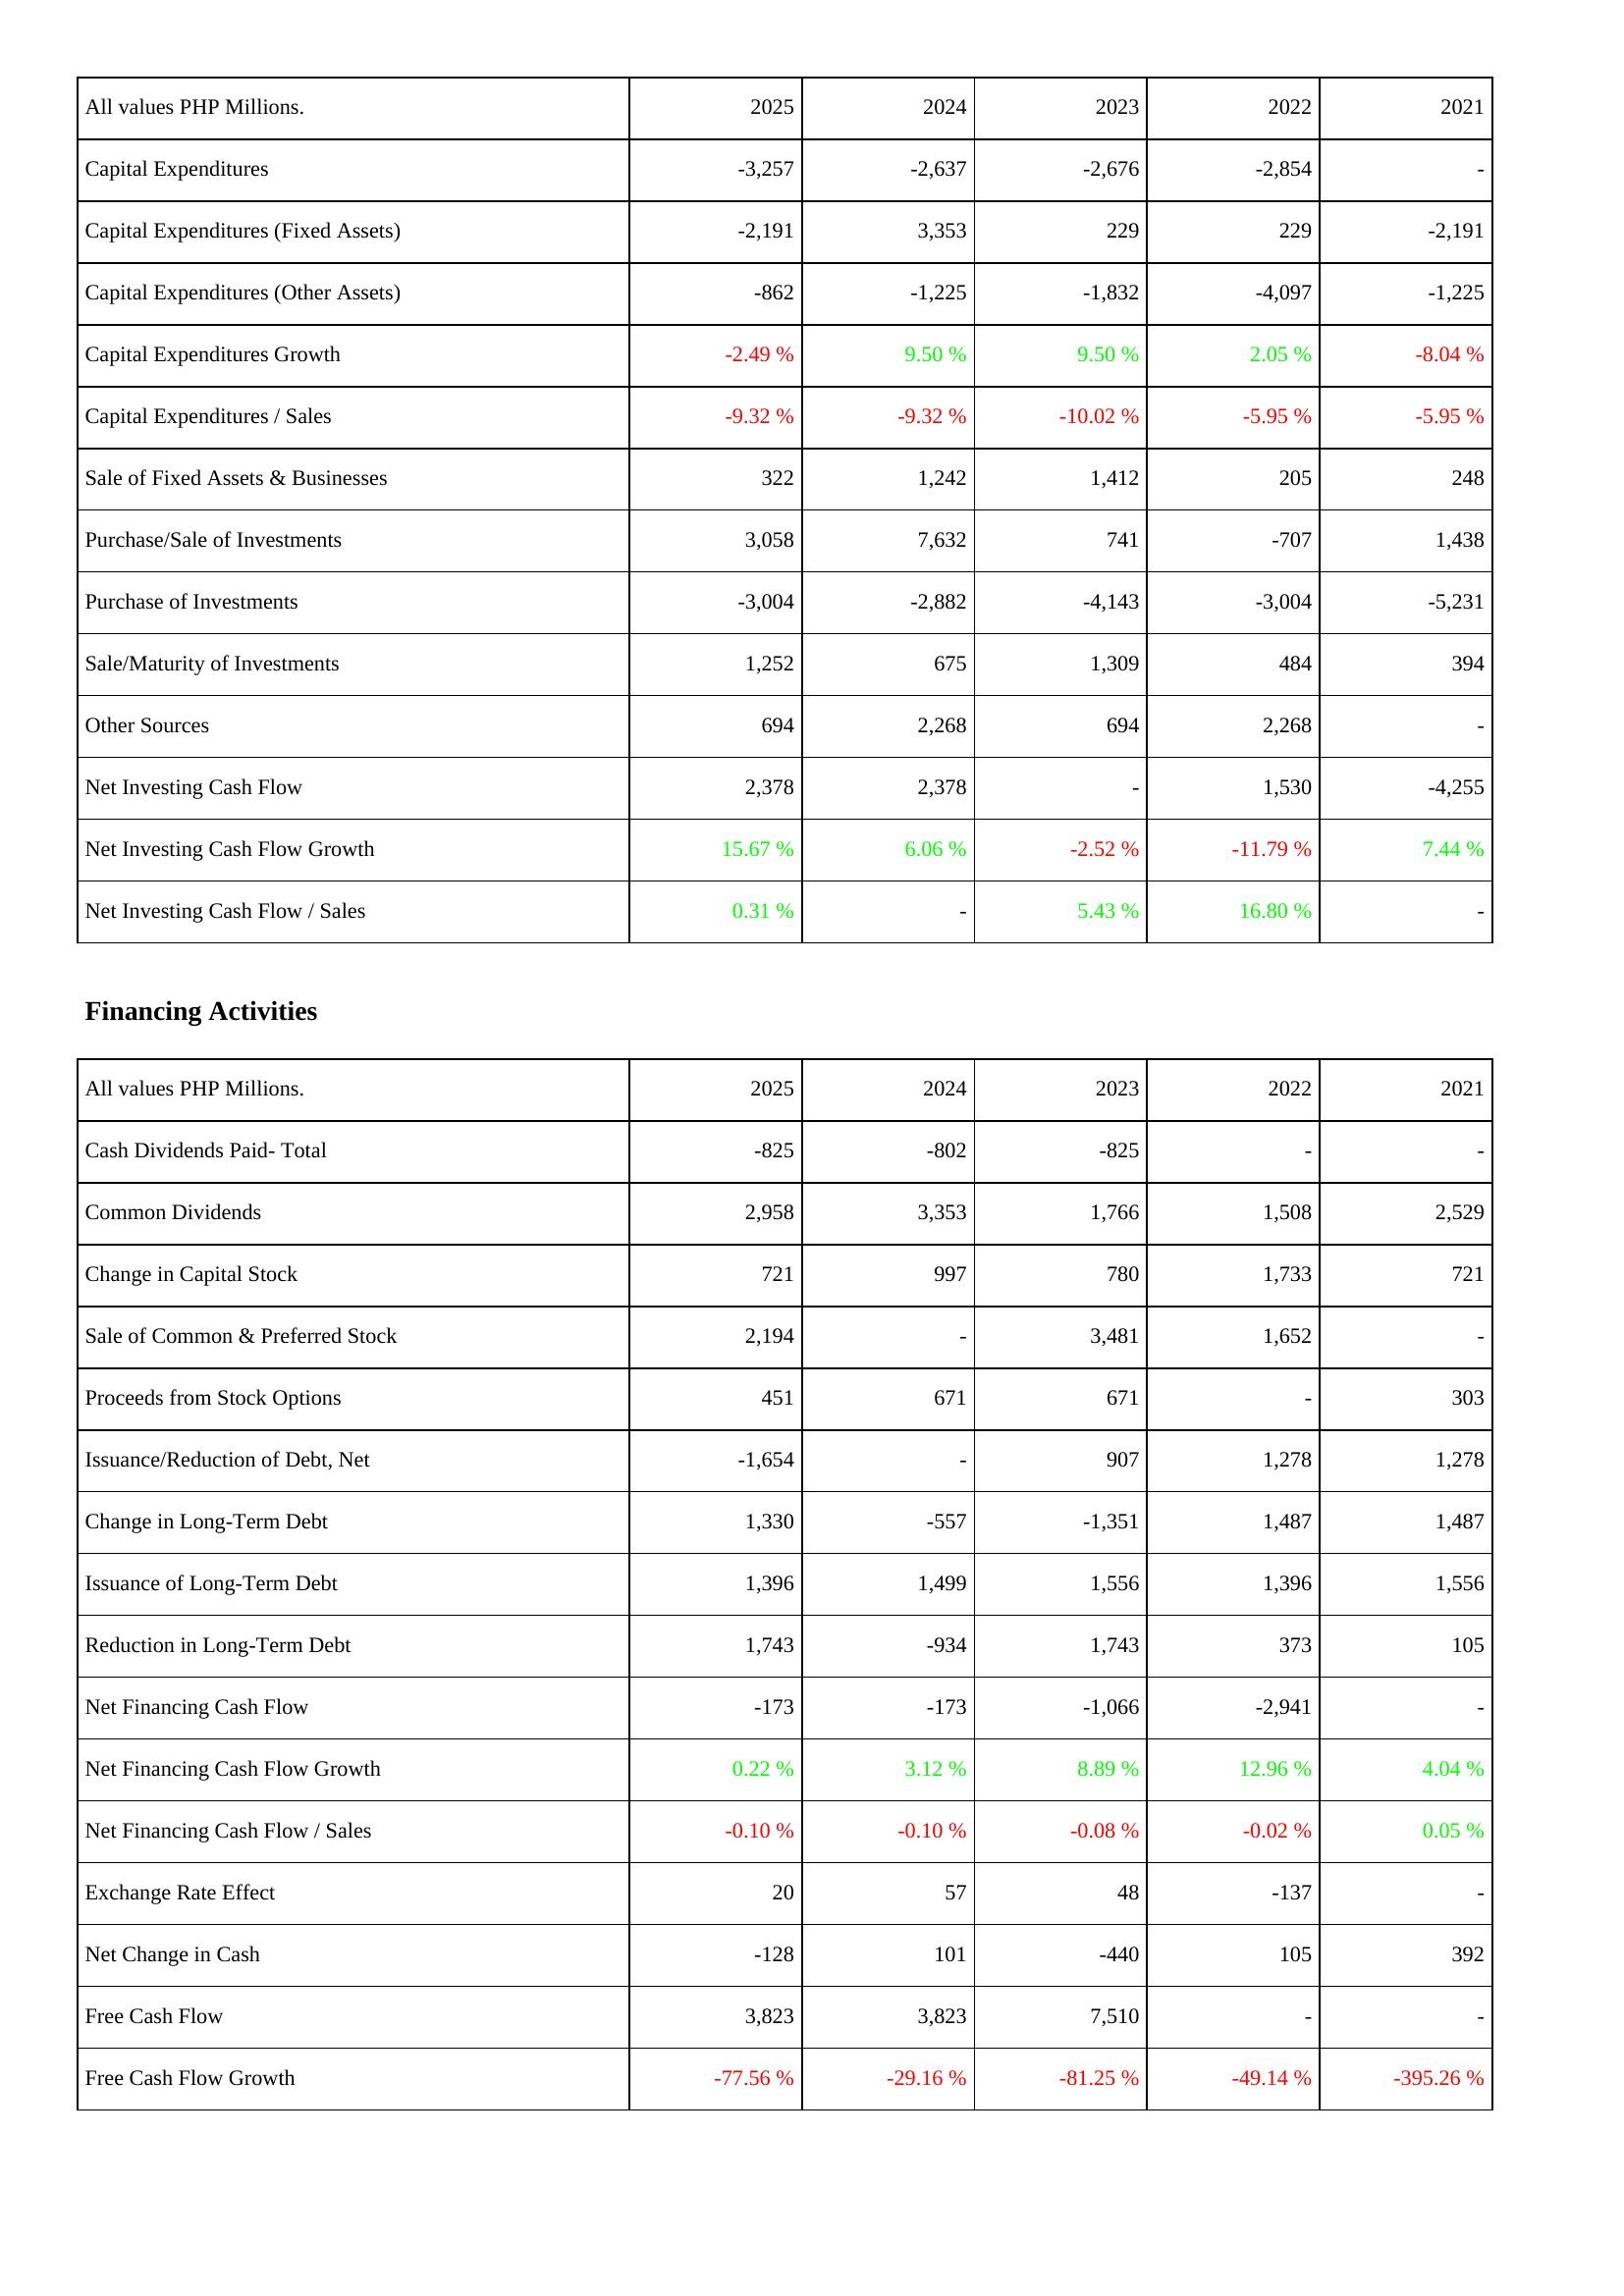
2025: Investing Activities: Capital Expenditures: -3,257
Capital Expenditures (Fixed Assets): -2,191
Capital Expenditures (Other Assets): -862
Capital Expenditures Growth: -2.49 %
Capital Expenditures / Sales: -9.32 %
Sale of Fixed Assets & Businesses: 322
Purchase/Sale of Investments: 3,058
Purchase of Investments: -3,004
Sale/Maturity of Investments: 1,252
Other Sources: 694
Net Investing Cash Flow: 2,378
Net Investing Cash Flow Growth: 15.67 %
Net Investing Cash Flow / Sales: 0.31 %
Financing Activities: Cash Dividends Paid- Total: -825
Common Dividends: 2,958
Change in Capital Stock: 721
Sale of Common & Preferred Stock: 2,194
Proceeds from Stock Options: 451
Issuance/Reduction of Debt, Net: -1,654
Change in Long-Term Debt: 1,330
Issuance of Long-Term Debt: 1,396
Reduction in Long-Term Debt: 1,743
Net Financing Cash Flow: -173
Net Financing Cash Flow Growth: 0.22 %
Net Financing Cash Flow / Sales: -0.10 %
Exchange Rate Effect: 20
Net Change in Cash: -128
Free Cash Flow: 3,823
Free Cash Flow Growth: -77.56 %
2024: Investing Activities: Capital Expenditures: -2,637
Capital Expenditures (Fixed Assets): 3,353
Capital Expenditures (Other Assets): -1,225
Capital Expenditures Growth: 9.50 %
Capital Expenditures / Sales: -9.32 %
Sale of Fixed Assets & Businesses: 1,242
Purchase/Sale of Investments: 7,632
Purchase of Investments: -2,882
Sale/Maturity of Investments: 675
Other Sources: 2,268
Net Investing Cash Flow: 2,378
Net Investing Cash Flow Growth: 6.06 %
Net Investing Cash Flow / Sales: -
Financing Activities: Cash Dividends Paid- Total: -802
Common Dividends: 3,353
Change in Capital Stock: 997
Sale of Common & Preferred Stock: -
Proceeds from Stock Options: 671
Issuance/Reduction of Debt, Net: -
Change in Long-Term Debt: -557
Issuance of Long-Term Debt: 1,499
Reduction in Long-Term Debt: -934
Net Financing Cash Flow: -173
Net Financing Cash Flow Growth: 3.12 %
Net Financing Cash Flow / Sales: -0.10 %
Exchange Rate Effect: 57
Net Change in Cash: 101
Free Cash Flow: 3,823
Free Cash Flow Growth: -29.16 %
2023: Investing Activities: Capital Expenditures: -2,676
Capital Expenditures (Fixed Assets): 229
Capital Expenditures (Other Assets): -1,832
Capital Expenditures Growth: 9.50 %
Capital Expenditures / Sales: -10.02 %
Sale of Fixed Assets & Businesses: 1,412
Purchase/Sale of Investments: 741
Purchase of Investments: -4,143
Sale/Maturity of Investments: 1,309
Other Sources: 694
Net Investing Cash Flow: -
Net Investing Cash Flow Growth: -2.52 %
Net Investing Cash Flow / Sales: 5.43 %
Financing Activities: Cash Dividends Paid- Total: -825
Common Dividends: 1,766
Change in Capital Stock: 780
Sale of Common & Preferred Stock: 3,481
Proceeds from Stock Options: 671
Issuance/Reduction of Debt, Net: 907
Change in Long-Term Debt: -1,351
Issuance of Long-Term Debt: 1,556
Reduction in Long-Term Debt: 1,743
Net Financing Cash Flow: -1,066
Net Financing Cash Flow Growth: 8.89 %
Net Financing Cash Flow / Sales: -0.08 %
Exchange Rate Effect: 48
Net Change in Cash: -440
Free Cash Flow: 7,510
Free Cash Flow Growth: -81.25 %
2022: Investing Activities: Capital Expenditures: -2,854
Capital Expenditures (Fixed Assets): 229
Capital Expenditures (Other Assets): -4,097
Capital Expenditures Growth: 2.05 %
Capital Expenditures / Sales: -5.95 %
Sale of Fixed Assets & Businesses: 205
Purchase/Sale of Investments: -707
Purchase of Investments: -3,004
Sale/Maturity of Investments: 484
Other Sources: 2,268
Net Investing Cash Flow: 1,530
Net Investing Cash Flow Growth: -11.79 %
Net Investing Cash Flow / Sales: 16.80 %
Financing Activities: Cash Dividends Paid- Total: -
Common Dividends: 1,508
Change in Capital Stock: 1,733
Sale of Common & Preferred Stock: 1,652
Proceeds from Stock Options: -
Issuance/Reduction of Debt, Net: 1,278
Change in Long-Term Debt: 1,487
Issuance of Long-Term Debt: 1,396
Reduction in Long-Term Debt: 373
Net Financing Cash Flow: -2,941
Net Financing Cash Flow Growth: 12.96 %
Net Financing Cash Flow / Sales: -0.02 %
Exchange Rate Effect: -137
Net Change in Cash: 105
Free Cash Flow: -
Free Cash Flow Growth: -49.14 %
2021: Investing Activities: Capital Expenditures: -
Capital Expenditures (Fixed Assets): -2,191
Capital Expenditures (Other Assets): -1,225
Capital Expenditures Growth: -8.04 %
Capital Expenditures / Sales: -5.95 %
Sale of Fixed Assets & Businesses: 248
Purchase/Sale of Investments: 1,438
Purchase of Investments: -5,231
Sale/Maturity of Investments: 394
Other Sources: -
Net Investing Cash Flow: -4,255
Net Investing Cash Flow Growth: 7.44 %
Net Investing Cash Flow / Sales: -
Financing Activities: Cash Dividends Paid- Total: -
Common Dividends: 2,529
Change in Capital Stock: 721
Sale of Common & Preferred Stock: -
Proceeds from Stock Options: 303
Issuance/Reduction of Debt, Net: 1,278
Change in Long-Term Debt: 1,487
Issuance of Long-Term Debt: 1,556
Reduction in Long-Term Debt: 105
Net Financing Cash Flow: -
Net Financing Cash Flow Growth: 4.04 %
Net Financing Cash Flow / Sales: 0.05 %
Exchange Rate Effect: -
Net Change in Cash: 392
Free Cash Flow: -
Free Cash Flow Growth: -395.26 %